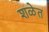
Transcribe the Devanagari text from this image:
शळेत